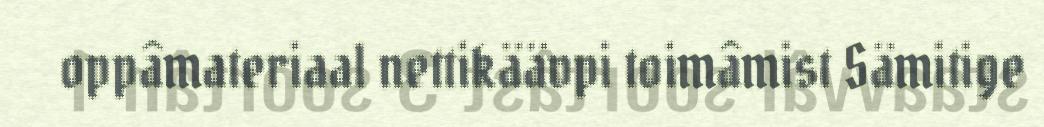
oppâmateriaal nettikäävpi toimâmist Sämitige